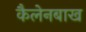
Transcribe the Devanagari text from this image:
कैलेनबाख